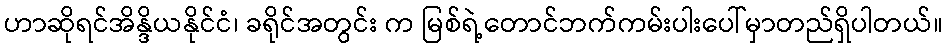
ဟာဆိုရင်အိန္ဒိယနိုင်ငံ၊ ခရိုင်အတွင်း က မြစ်ရဲ့တောင်ဘက်ကမ်းပါးပေါ်မှာတည်ရှိပါတယ်။